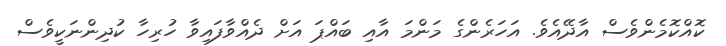
ކޮއްކޮމެންވެސް އާދޭއެވެ. އަހަރެންގެ މަންމަ އާއި ބައްޕަ އަށް ދެއްވާފައިވާ ހުރިހާ ކުދިންނަކީވެސް